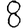
Digit: 8